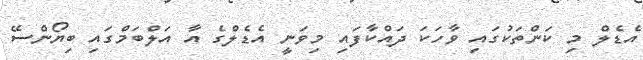
އެޑެލް މި ކަންތަކުގައި ވާހަކަ ދައްކާފައި މިވަނީ އެޑެލްގެ އާ އަލްބަމްގައި ބިޔޯންސޭ